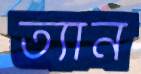
ত্যান